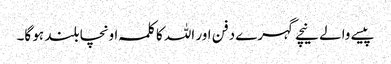
پیسے والے نیچے گہرے دفن اور اللہ کا کلمہ اونچا بلند ہو گا۔